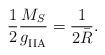
LaTeX: \begin{align*}{1 \over 2}{M_S \over g^{}_{\rm IIA}} = {1 \over 2\bar{R}}.\end{align*}